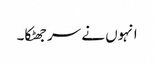
انہوں نے سر جھٹکا۔